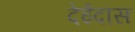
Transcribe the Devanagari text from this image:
देईदास